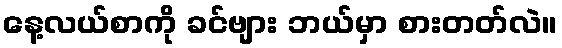
နေ့လယ်စာကို ခင်ဗျား ဘယ်မှာ စားတတ်လဲ။